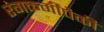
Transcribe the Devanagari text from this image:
रंगकर्मींपैकी